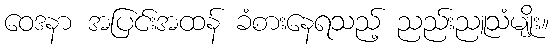
ဝေဒနာ အပြင်းအထန် ခံစားနေရသည့် ညည်းညူသံမျိုး။